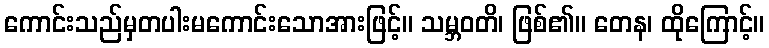
ကောင်းသည်မှတပါးမကောင်းသောအားဖြင့်။ သမ္ဘဝတိ၊ ဖြစ်၏။ တေန၊ ထိုကြောင့်။